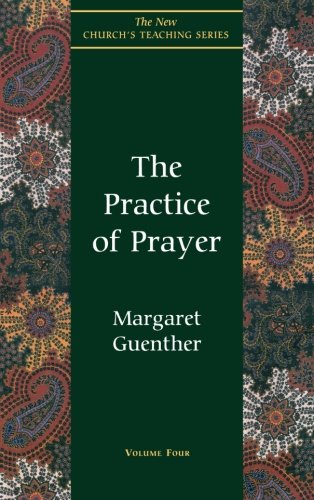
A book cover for The Practice of Prayer (The New Church's Teaching Series, Vol 4); Margaret Guenther; Christian Books & Bibles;